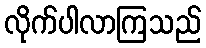
လိုက်ပါလာကြသည်